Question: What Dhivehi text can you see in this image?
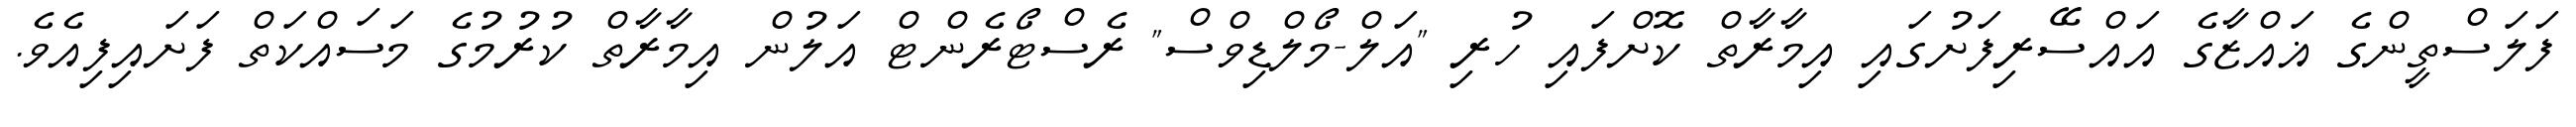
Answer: ފަލަސްތީންގެ ޣައްޒާގެ އައްސޭރިފަށުގައި އިމާރާތް ކޮށްފައި ހުރި "އަލް-މޯލްޑިވްސް" ރެސްޓޯރެންޓް އަލުން އިމާރާތް ކުރުމުގެ މަސައްކަތް ފަށައިފިއެވެ.